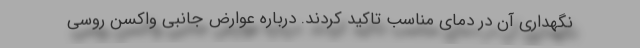
نگهداری آن در دمای مناسب تاکید کردند. درباره عوارض جانبی واکسن روسی